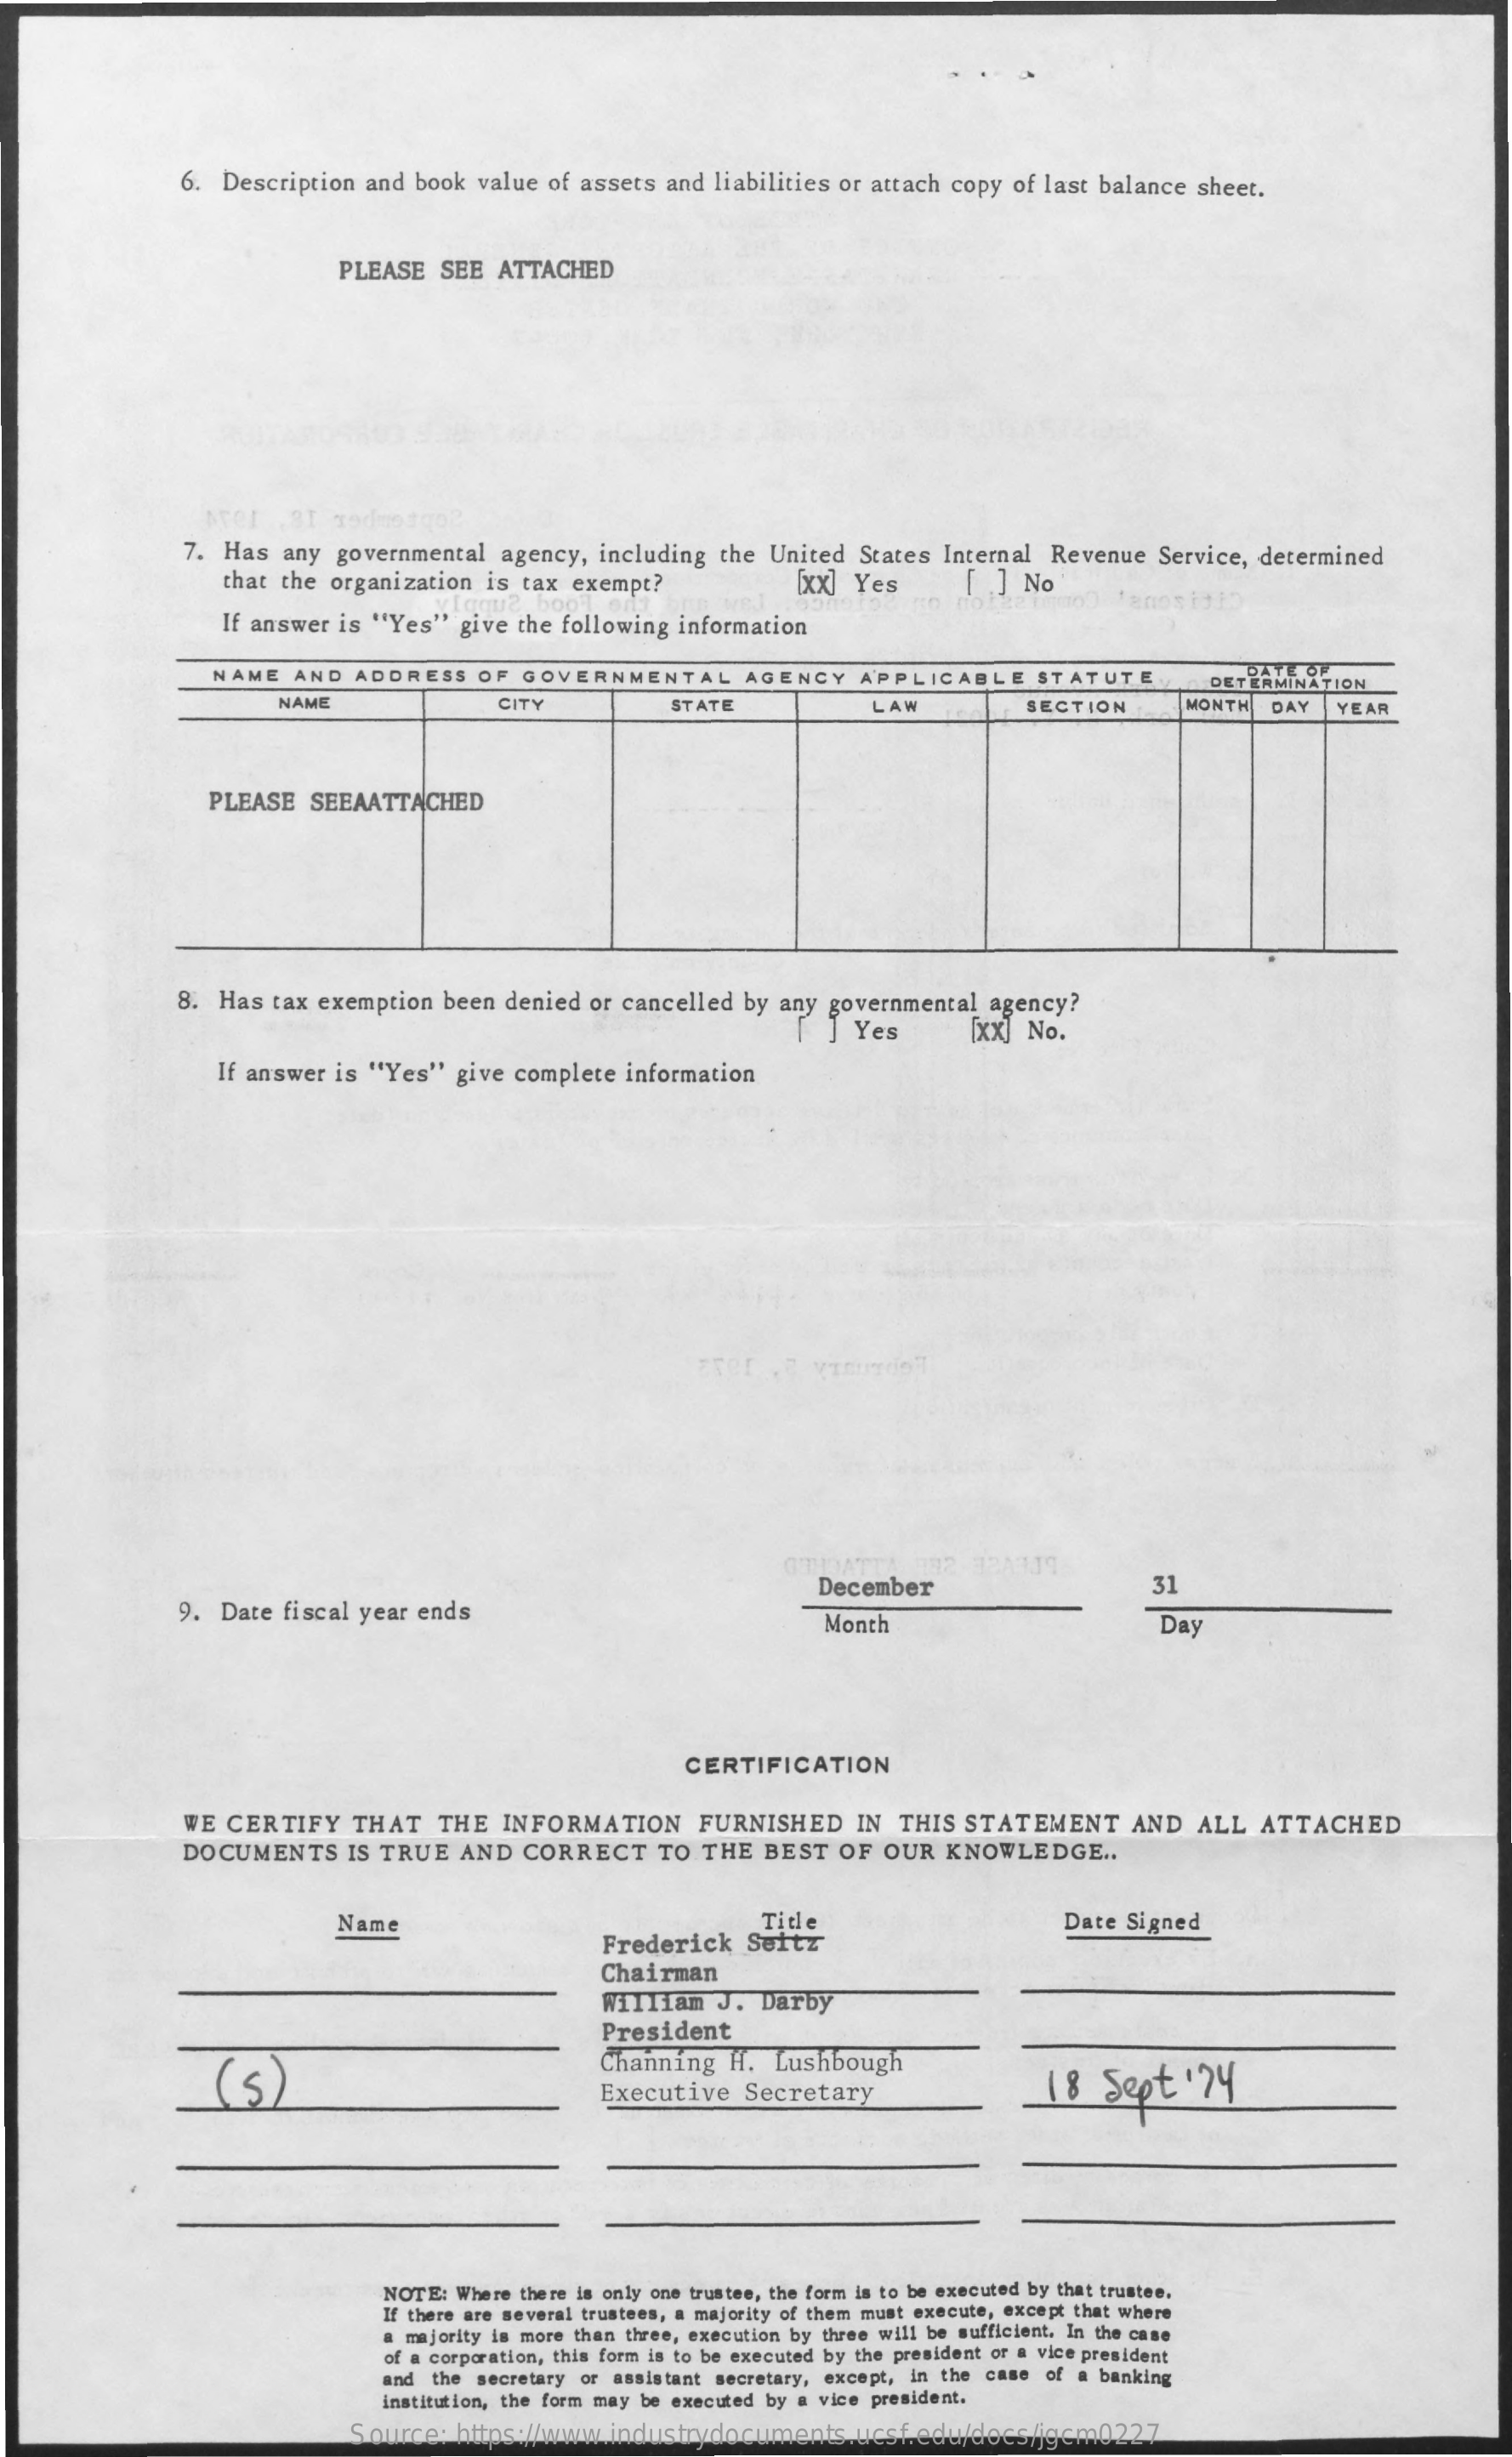
6. Description and book value of assets and liabilities or attach copy of last balance sheet.
     PLEASE SEE ATTACHED
     7. Has any governmental agency, including the United States Internal Revenue Service, determined
     that the organization is tax exempt?    [xx] Yes   [ ] No
     If answer is "Yes" give the following information
     NAME  AND ADDRESS OF GOVERNMENTAL    AGENCY  APPLICABLE  STATUTE    DETERMINATION
     NAME    CITY    STATE    LAW    SECTION    MONTH DAY YEAR
     PLEASE SEEAATTACHED
     8. Has tax exemption been denied or cancelled by any governmental agency?
     Yes    [xx] No.
     If answer is "Yes" give complete information
     December
     32A3J9
     31
     9. Date fiscal year ends    Month    Day
     CERTIFICATION
     WE CERTIFY  THAT  THE INFORMATION   FURNISHED  IN THIS STATEMENT  AND ALL  ATTACHED
     DOCUMENTS  IS TRUE AND CORRECT   TO THE BEST OF  OUR KNOWLEDGE  ..
     Name    Title
     Frederick Seitz
     Date Signed
     Chairman
     William J. Darby
     President
     (s  )
     Channing H. Lushbough
     Executive Secretary    18 Sept  174
     NOTE: Where there is only one trustee, the form is to be executed by that trustee.
     If there are several trustees, a majority of them must execute, except that where
     a majority is more than three, execution by three will be sufficient. In the case
     of a corporation, this form is to be executed by the president or a vice president
     and the secretary or assistant secretary, except, in the case of a banking
     institution, the form may be executed by a vice president.
     Source: https://www.industrydocuments.ucsf.edu/docs/jgcm0227